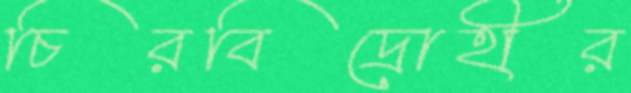
চিরবিদ্রোহীর